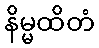
နိမ္မထိတံ